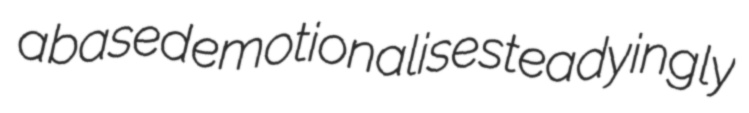
abased emotionalise steadyingly